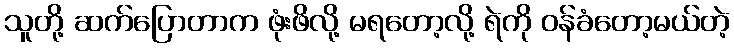
သူတို့ ဆက်ပြောတာက ဖုံးဖိလို့ မရတော့လို့ ရဲကို ဝန်ခံတော့မယ်တဲ့